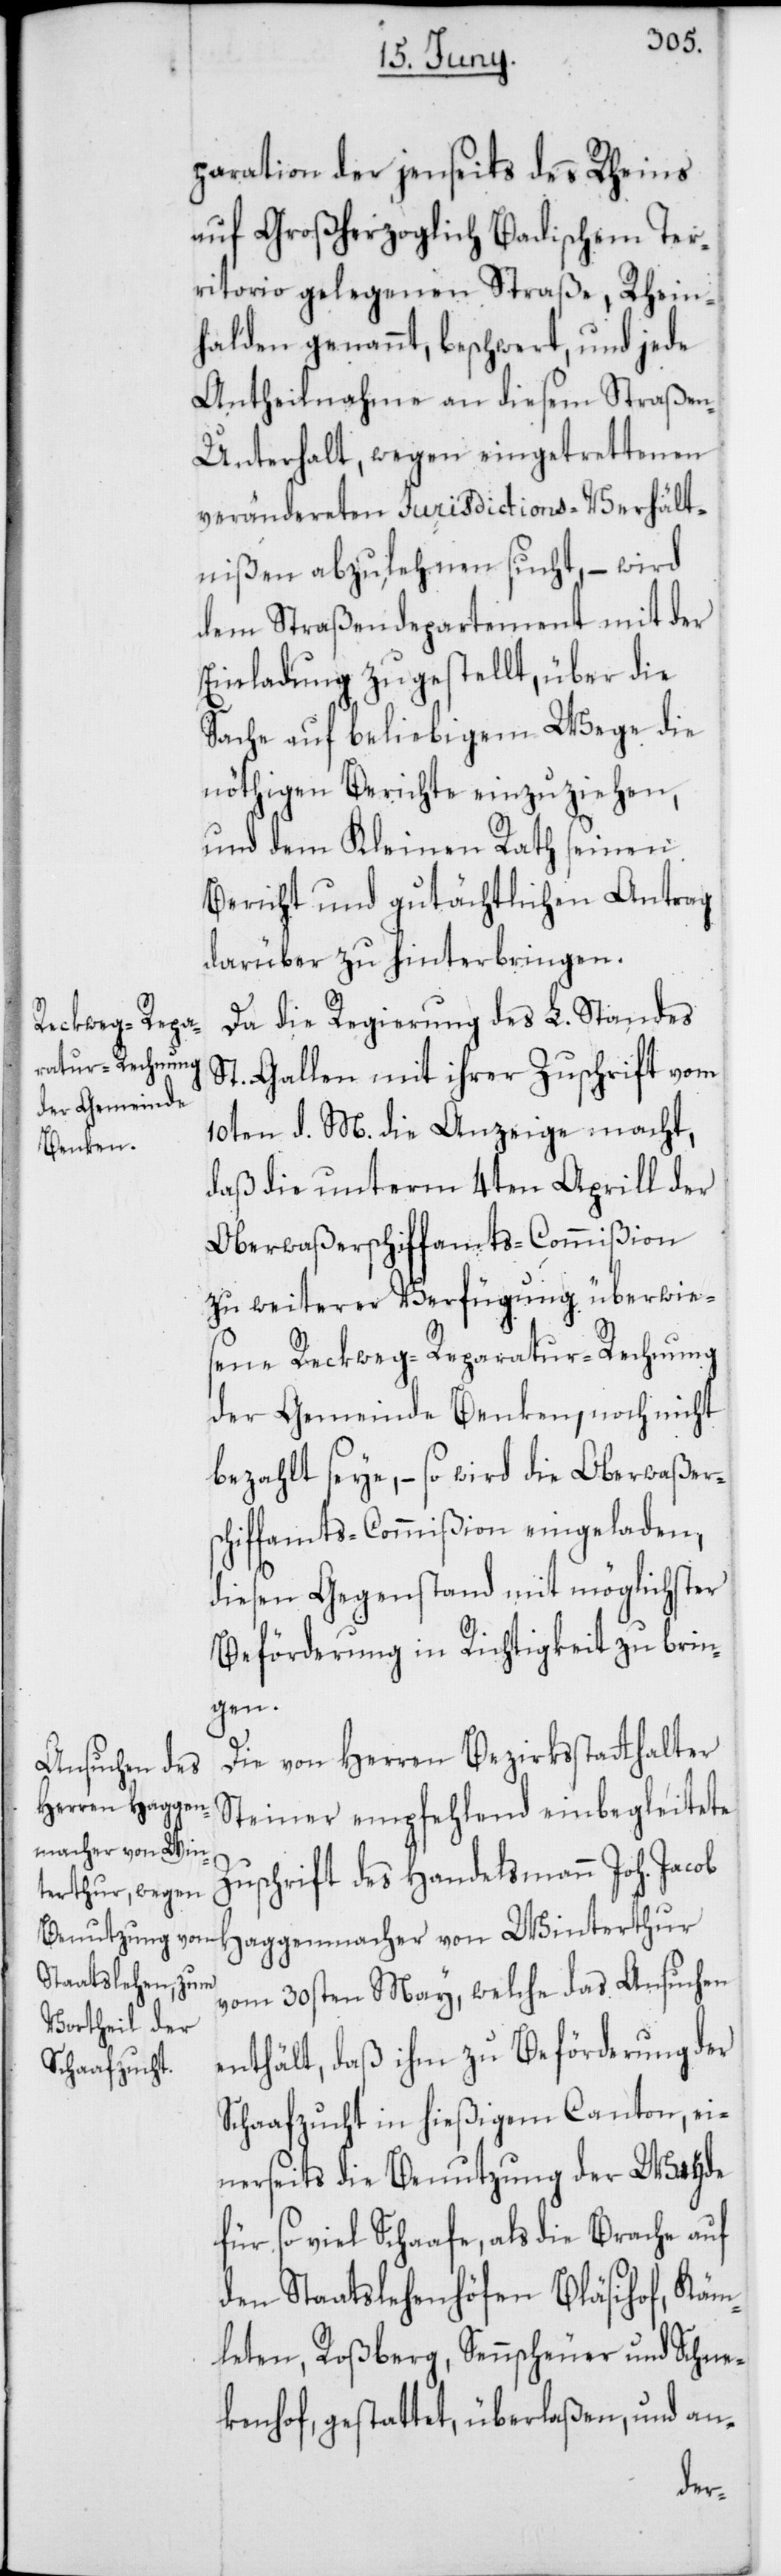
paration der jenseits des Rheins
auf Großherzoglich Badischem Ter¬
ritorio gelegenen Straße, Rhein¬
halden genannt, beschwert, und jede
Antheilnahme an diesem Straße¬
n-Unterhalt, wegen eingetrettenen
verändereten Jurisdictions-Verhält¬
nißen abzulehnen sucht, – wird
dem Straßendepartement mit der
Einladung zugestellt, über die
Sache auf beliebigem Wege die
nöthigen Berichte einzuziehen,
und dem Kleinen Rath seinen
Bericht und gutächtlichen Antrag
darüber zu hinterbringen.
Da die Regierung des L. Standes
St. Gallen mit ihrer Zuschrift vom
10ten d. M. die Anzeige macht,
daß die unterm 4ten Aprill der
Oberwaßerschiffamts-Commißion
zu weiterer Verfügung überwie¬
sene Reckweg-Reparatur-Rechnung
der Gemeinde Benken, noch nicht
bezahlt seye, – so wird die Oberwaßers¬
chiffamts-Commißion eingeladen,
diesen Gegenstand mit möglichster
Beförderung in Richtigkeit zu brin¬
gen.
Die von Herren Bezirksstatthalter
Steiner empfehlend einbegleitete
Zuschrift des Handelsmann Joh. Jacob
Haggenmacher von Winterthur
vom 30sten May, welche das Ansuchen
enthält, daß ihm zu Beförderung der
Schaafzucht in hießigem Canton, ei¬
nerseits die Benutzung der Weyde
für so viele Schaafe, als die Brache auf
den Staatslehenhöfen Bläsihof, Käm¬
leten, Roßberg, Sennscheuer und Schne¬
kenhof, gestattet, überlaßen, und an-